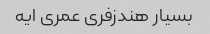
بسیار هندزفری عمری ایه